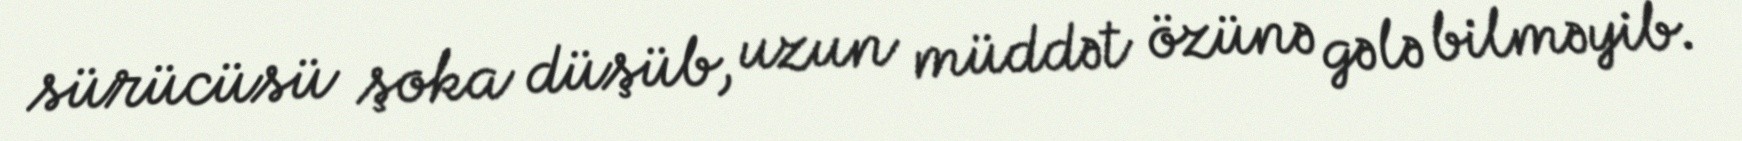
sürücüsü şoka düşüb, uzun müddət özünə gələ bilməyib.